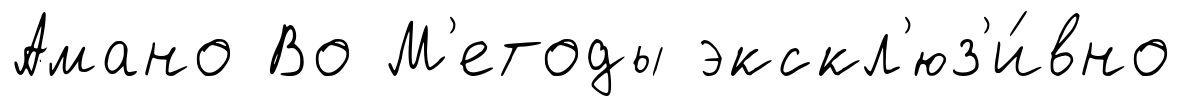
Амано Во М'етоды экскл'юз'и́вно